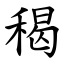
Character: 䅥